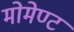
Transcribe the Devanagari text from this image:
मोमेण्ट